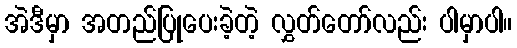
အဲဒီမှာ အတည်ပြုပေးခဲ့တဲ့ လွှတ်တော်လည်း ပါမှာပါ။